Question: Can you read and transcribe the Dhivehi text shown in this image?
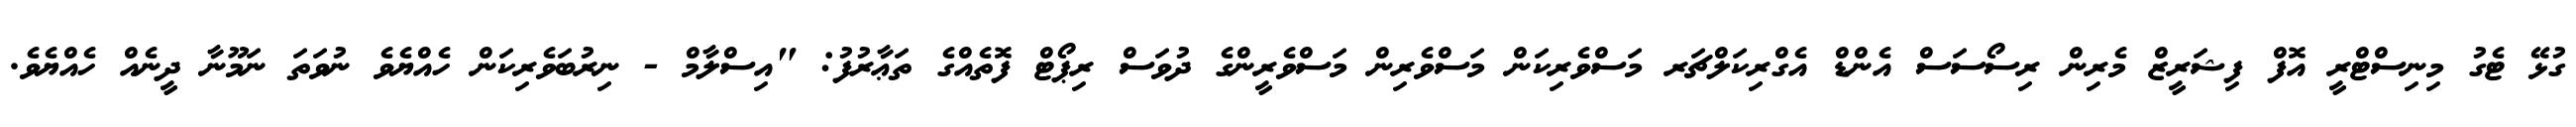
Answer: ގުޅޭ ޓެގު މިނިސްޓްރީ އޮފް ފިޝަރީޒް މެރިން ރިސޯސަސް އެންޑް އެގްރިކަލްޗަރ މަސްވެރިކަން މަސްވެރިން މަސްވެރީންގެ ދުވަސް ރިޕޯޓް ފޮތެއްގެ ތަޢާރުފު: "އިސްލާމް - ނިރުބަވެރިކަން ހެއްޔެވެ ނުވަތަ ނަމޫނާ ދީނެއް ހެއްޔެވެ.